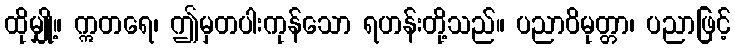
ထိုမျှို့။ ဣတရေ၊ ဤမှတပါးကုန်သော ရဟန်းတို့သည်။ ပညာဝိမုတ္တာ၊ ပညာဖြင့်